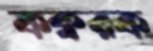
কক্বরক